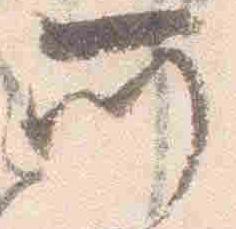
所